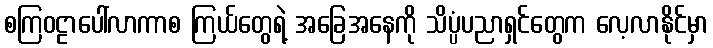
စကြဝဠာပေါ်လာကာစ ကြယ်တွေရဲ့ အခြေအနေကို သိပ္ပံပညာရှင်တွေက လေ့လာနိုင်မှာ